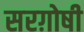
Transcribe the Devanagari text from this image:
सरग़ोषी